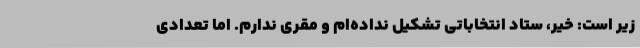
زیر است: خیر، ستاد انتخاباتی تشکیل نداده‌ام و مقری ندارم. اما تعدادی